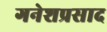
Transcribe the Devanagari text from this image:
गनेशप्रसाद